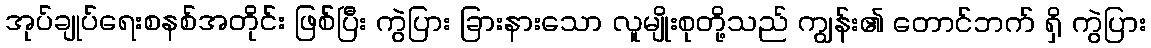
အုပ်ချုပ်ရေးစနစ်အတိုင်း ဖြစ်ပြီး ကွဲပြား ခြားနားသော လူမျိုးစုတို့သည် ကျွန်း၏ တောင်ဘက် ရှိ ကွဲပြား